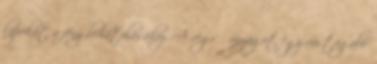
lapokat a fény behatolásához. A végső anyagot egy vastagabb